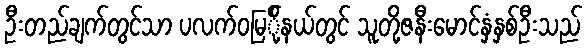
ဦးတည်ချက်တွင်သာ ပလက်ဝမြ်ို့နယ်တွင် သူတို့ဇနီးမောင်နှံနှစ်ဦးသည်